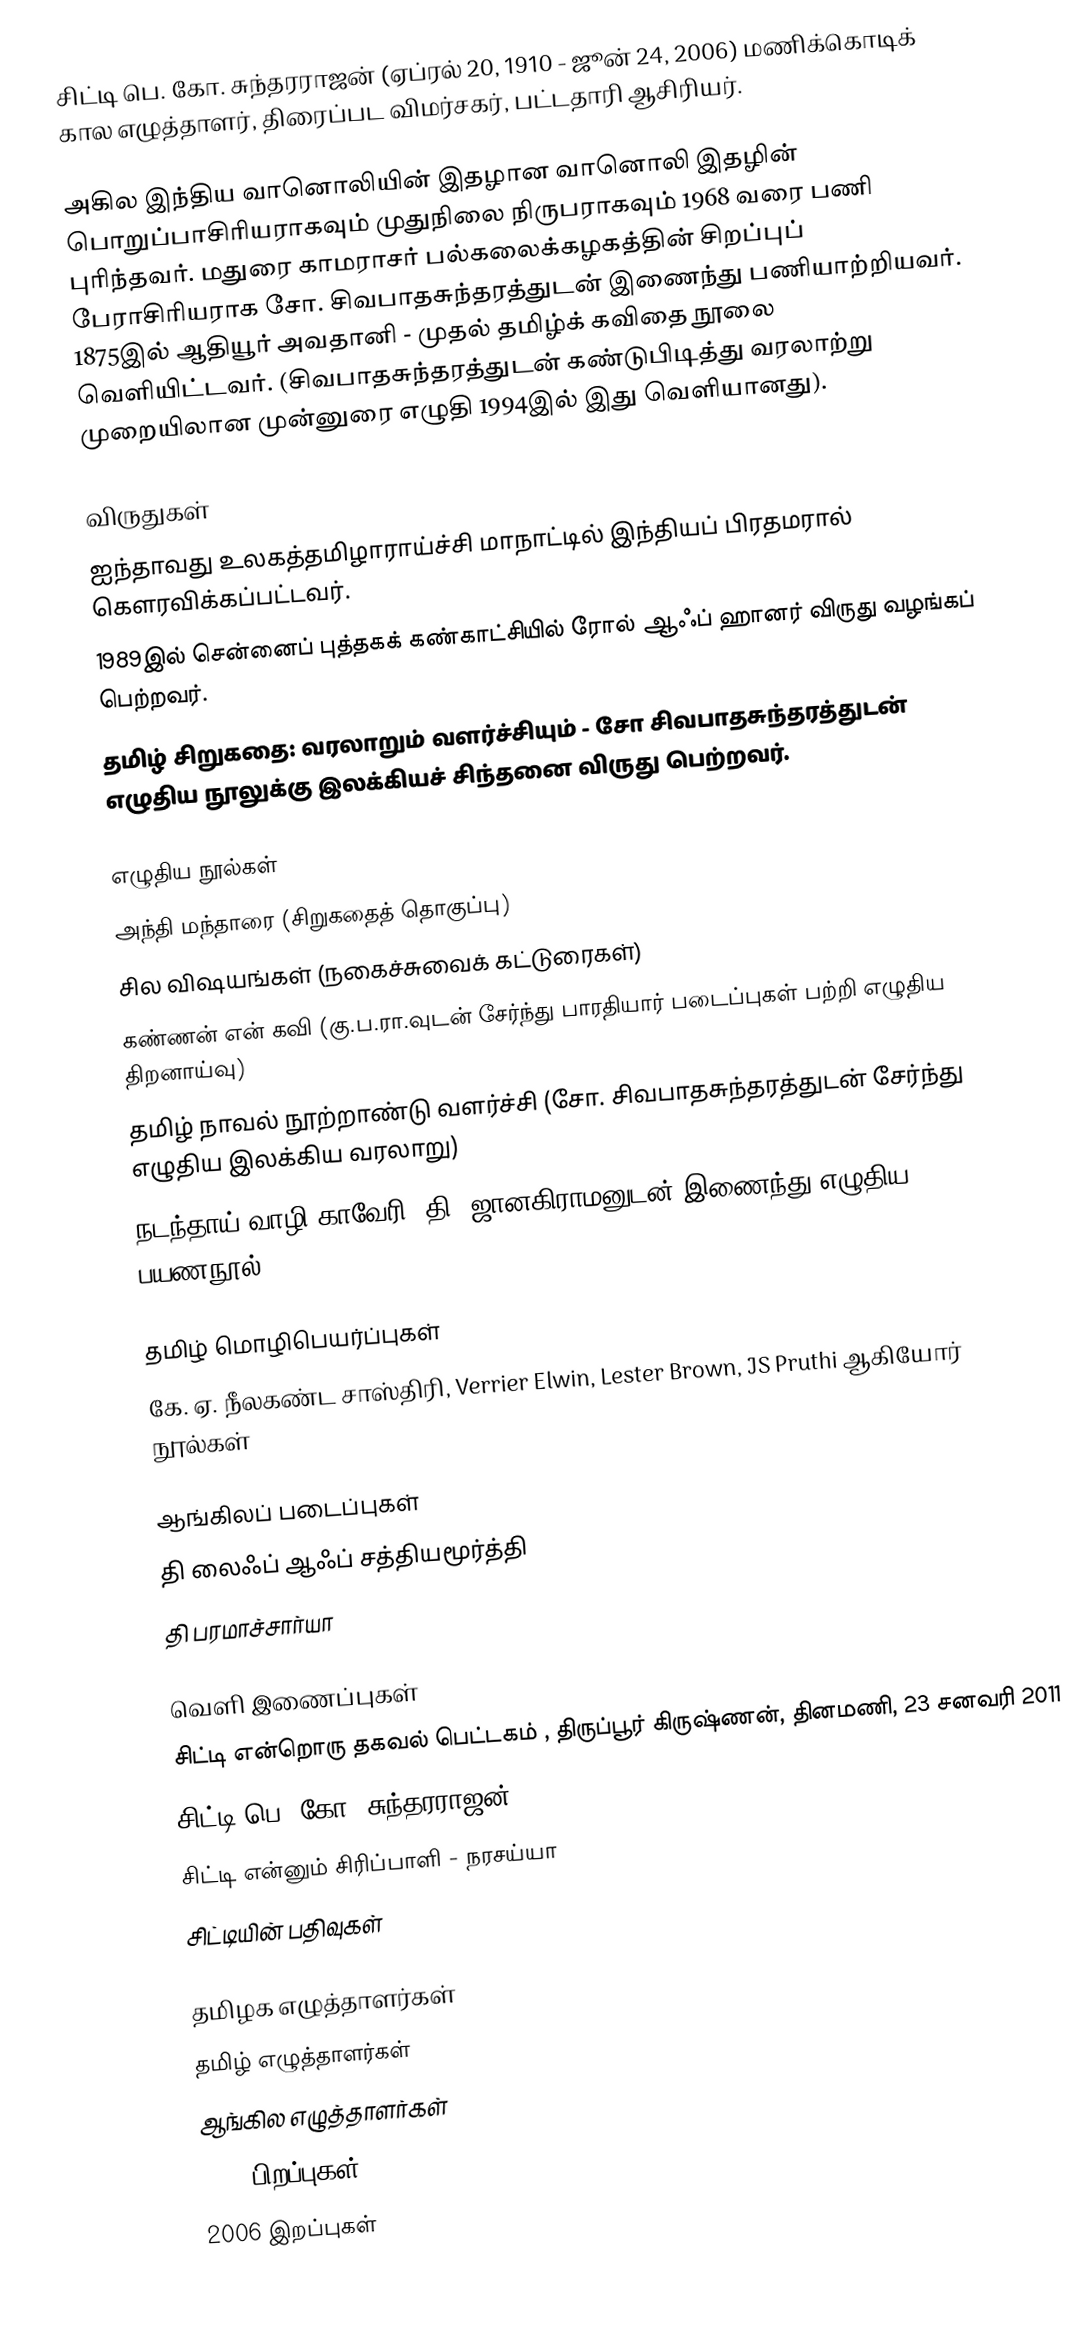
சிட்டி பெ. கோ. சுந்தரராஜன் (ஏப்ரல் 20, 1910 - ஜூன் 24, 2006) மணிக்கொடிக் கால எழுத்தாளர், திரைப்பட விமர்சகர், பட்டதாரி ஆசிரியர்.

அகில இந்திய வானொலியின் இதழான வானொலி இதழின் பொறுப்பாசிரியராகவும் முதுநிலை நிருபராகவும் 1968 வரை பணி புரிந்தவர். மதுரை காமராசர் பல்கலைக்கழகத்தின் சிறப்புப் பேராசிரியராக சோ. சிவபாதசுந்தரத்துடன் இணைந்து பணியாற்றியவர். 1875இல் ஆதியூர் அவதானி - முதல் தமிழ்க் கவிதை நூலை வெளியிட்டவர். (சிவபாதசுந்தரத்துடன் கண்டுபிடித்து வரலாற்று முறையிலான முன்னுரை எழுதி 1994இல் இது  வெளியானது).

விருதுகள்
 ஐந்தாவது உலகத்தமிழாராய்ச்சி மாநாட்டில் இந்தியப் பிரதமரால் கௌரவிக்கப்பட்டவர்.
 1989இல் சென்னைப் புத்தகக் கண்காட்சியில் ரோல் ஆஃப் ஹானர் விருது வழங்கப் பெற்றவர்.
 தமிழ் சிறுகதை: வரலாறும் வளர்ச்சியும் - சோ சிவபாதசுந்தரத்துடன் எழுதிய நூலுக்கு இலக்கியச் சிந்தனை விருது பெற்றவர்.

எழுதிய நூல்கள்
 அந்தி மந்தாரை (சிறுகதைத் தொகுப்பு)
 சில விஷயங்கள் (நகைச்சுவைக் கட்டுரைகள்)
 கண்ணன் என் கவி (கு.ப.ரா.வுடன் சேர்ந்து பாரதியார் படைப்புகள் பற்றி எழுதிய திறனாய்வு)
 தமிழ் நாவல் நூற்றாண்டு வளர்ச்சி (சோ. சிவபாதசுந்தரத்துடன் சேர்ந்து எழுதிய இலக்கிய வரலாறு)
 நடந்தாய் வாழி காவேரி (தி. ஜானகிராமனுடன் இணைந்து எழுதிய பயணநூல்)

தமிழ் மொழிபெயர்ப்புகள்
 கே. ஏ. நீலகண்ட சாஸ்திரி, Verrier Elwin, Lester Brown, JS Pruthi ஆகியோர் நூல்கள்

ஆங்கிலப் படைப்புகள்
 தி லைஃப் ஆஃப் சத்தியமூர்த்தி
 தி பரமாச்சார்யா

வெளி இணைப்புகள்
 சிட்டி என்றொரு தகவல் பெட்டகம் , திருப்பூர் கிருஷ்ணன், தினமணி, 23 சனவரி 2011
 சிட்டி பெ. கோ. சுந்தரராஜன்
 சிட்டி என்னும் சிரிப்பாளி - நரசய்யா
 சிட்டியின் பதிவுகள்

தமிழக எழுத்தாளர்கள்
தமிழ் எழுத்தாளர்கள்
ஆங்கில எழுத்தாளர்கள்
1910 பிறப்புகள்
2006 இறப்புகள்